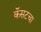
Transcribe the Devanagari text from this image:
कॅसटचा